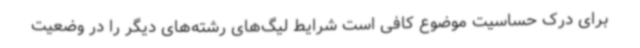
برای درک حساسیت موضوع کافی است شرایط لیگ‌های رشته‌های دیگر را در وضعیت